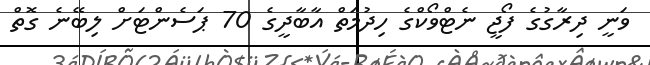
ވަނީ ދިރާގުގެ ފޯޖީ ނެޓްވޯކްގެ ހިދުމަތް އާބާދީގެ 70 ޕަސެންޓަށް ލިބޭނެ ގޮތް